Leaving Certificate Examination (including Day School Certificate (Higher) General paper), 1933
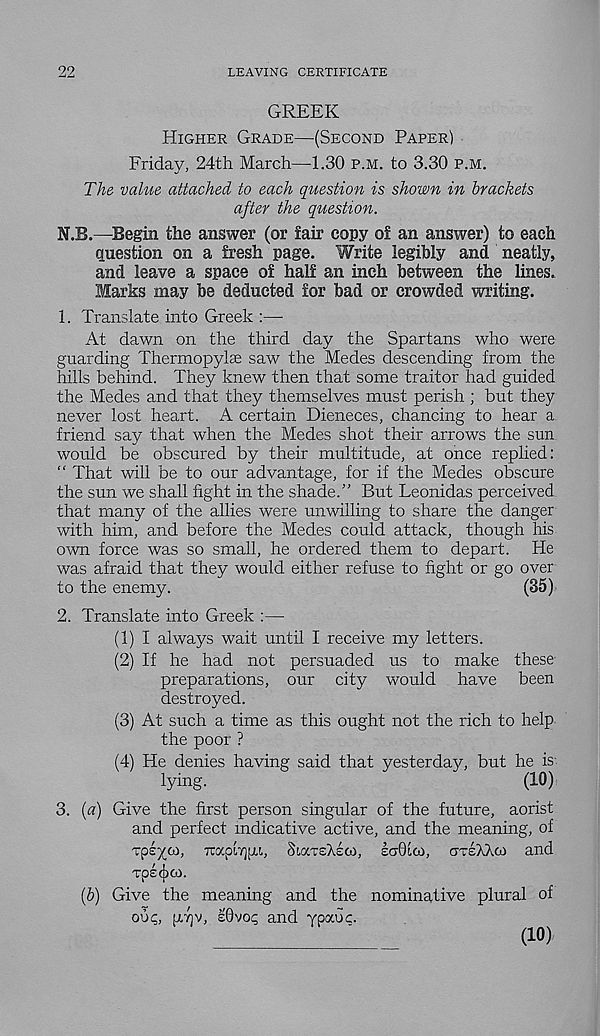
22
LEAVING CERTIFICATE
GREEK
HIGHER GRADE—(SECOND PAPER)
Friday, 24th March—1.30 P.M. to 3.30 P.M.
The value attached to each question is shown in brackets
after the question.
N.B.—Begin the answer (or fair copy of an answer) to each
question on a fresh page. Write legibly and neatly,
and leave a space of half an inch between the lines.
Marks may be deducted for bad or crowded writing.
1. Translate into Greek :—•
At dawn on the third day the Spartans who were
guarding Thermopylae saw the Medes descending from the
hills behind. They knew then that some traitor had guided
the Medes and that they themselves must perish ; but they
never lost heart. A certain Dieneces, chancing to hear a
friend say that when the Medes shot their arrows the sun
would be obscured by their multitude, at once replied:
“ That will be to our advantage, for if the Medes obscure
the sun we shall fight in the shade.” But Leonidas perceived
that many of the allies were unwilling to share the danger
with him, and before the Medes could attack, though his
own force was so small, he ordered them to depart. He
was afraid that they would either refuse to fight or go over
to the enemy.
(35)
2. Translate into Greek :—
(1) I always wait until I receive my letters.
(2) If he had not persuaded us to make these
preparations, our city would have been
destroyed.
(3) At such a time as this ought not the rich to help
the poor ?
(4) He denies having said that yesterday, but he is
lying.
(10)
3. (a) Give the first person singular of the future, aorist
and perfect indicative active, and the meaning, of
Tps^w, 7rap'i7]fju, SWCTSASG), IGOICL), CJTSXXCO and
Tp£(j)CO.
(&) Give the meaning and the nominative plural of
ooc;, p,7]v, £0voq and ypccoc.
(10)